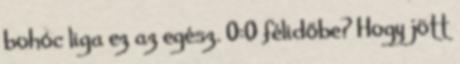
bohóc liga ez az egész. 0:0 félidőbe? Hogy jött